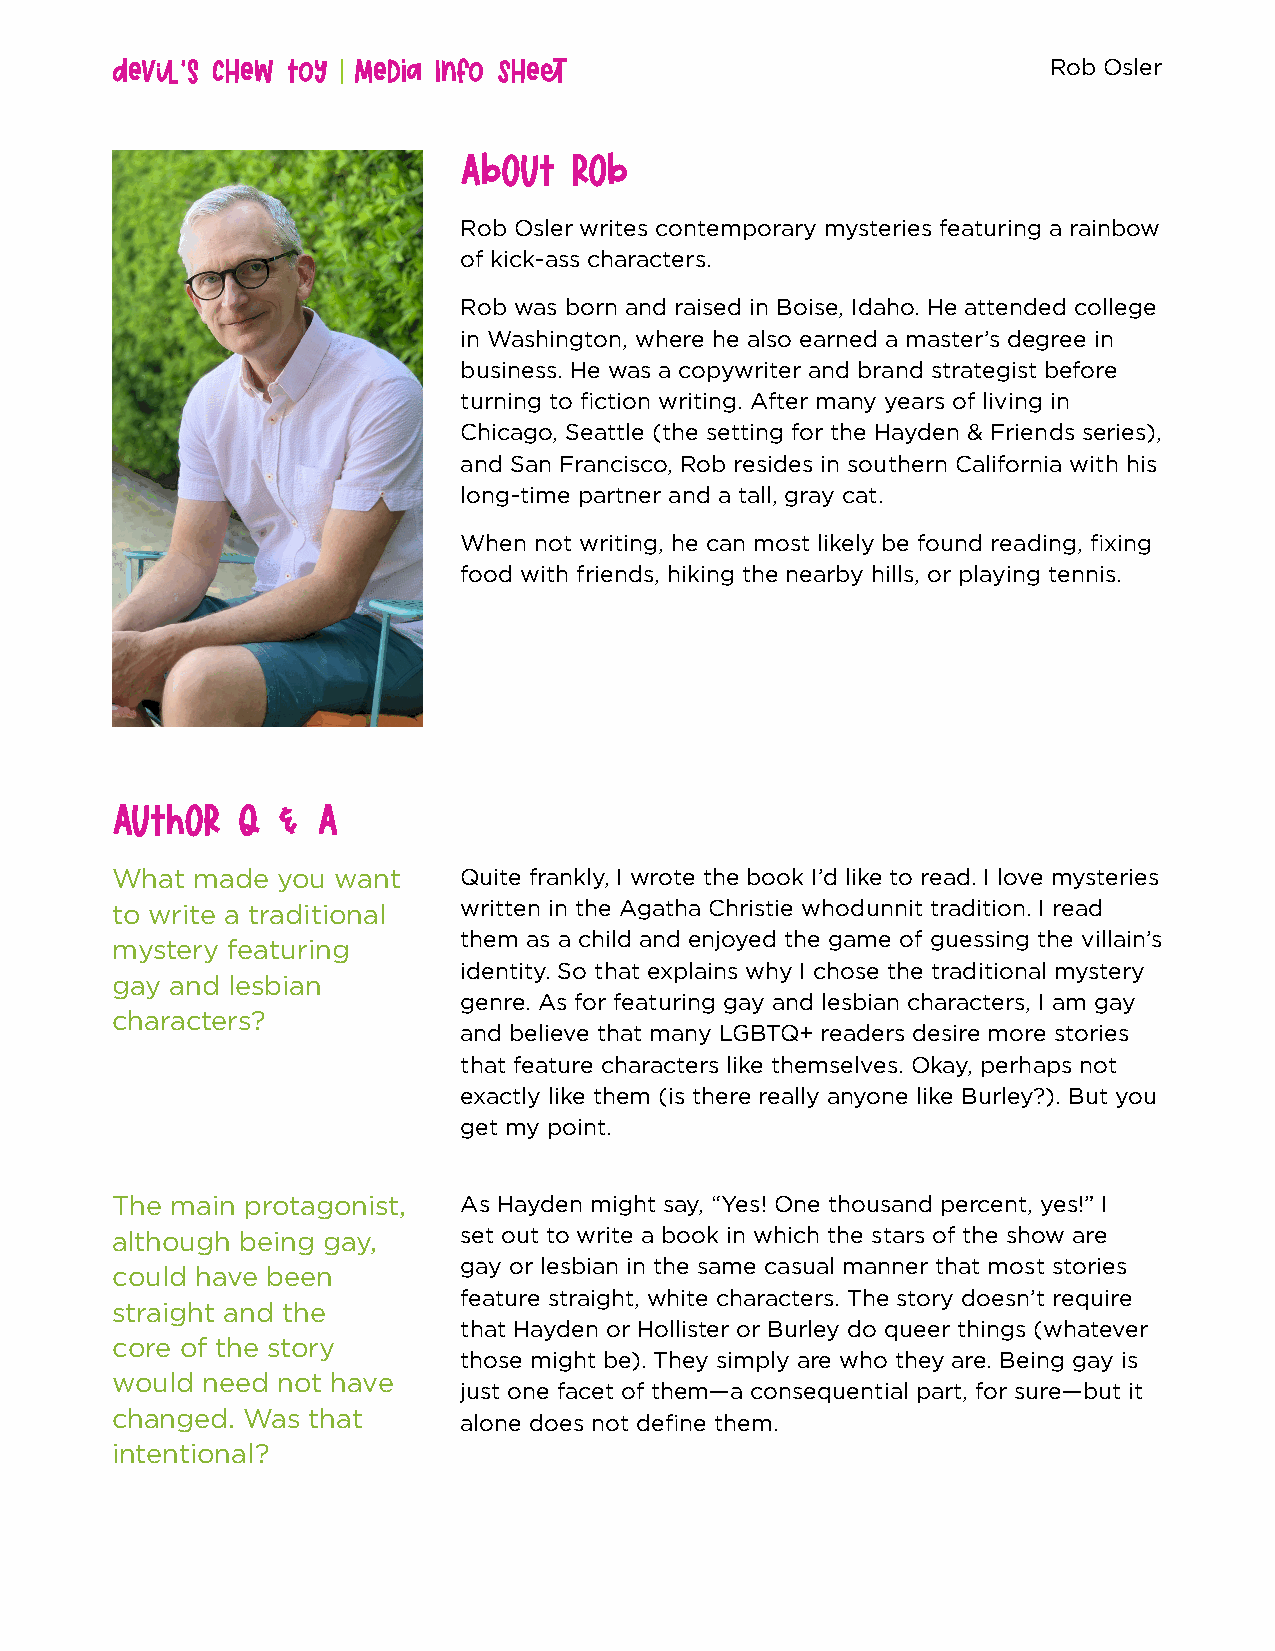
Devil’s Chew Toy Media Info Sheet
 Rob Osler
 ABOUT   ROB
 Rob Osler writes contemporary mysteries featuring a rainbow
 of kick-ass characters.
 Rob was born and raised in Boise, Idaho. He attended college
 in Washington, where he also earned a master’s degree in
 business. He was a copywriter and brand strategist before
 turning to fiction writing. After many years of living in
 Chicago, Seattle (the setting for the Hayden & Friends series),
 and San Francisco, Rob resides in southern California with his
 long-time partner and a tall, gray cat.
 When not writing, he can most likely be found reading, fixing
 food with friends, hiking the nearby hills, or playing tennis.
 AUTHOR   Q &  A
 What  made you want    Quite frankly, I wrote the book I’d like to read. I love mysteries
 to write a traditional written in the Agatha Christie whodunnit tradition. I read
 them as a child and enjoyed the game of guessing the villain’s
 mystery featuring
 identity. So that explains why I chose the traditional mystery
 gay and lesbian
 genre. As for featuring gay and lesbian characters, I am gay
 characters?
 and believe that many LGBTQ+ readers desire more stories
 that feature characters like themselves. Okay, perhaps not
 exactly like them (is there really anyone like Burley?). But you
 get my point.
 The main protagonist,  As Hayden might say, “Yes! One thousand percent, yes!” I
 although being gay,    set out to write a book in which the stars of the show are
 gay or lesbian in the same casual manner that most stories
 could have been
 feature straight, white characters. The story doesn’t require
 straight and the
 that Hayden or Hollister or Burley do queer things (whatever
 core of the story
 those might be). They simply are who they are. Being gay is
 would need not have
 just one facet of them—a consequential part, for sure—but it
 changed. Was that
 alone does not define them.
 intentional?